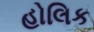
હોલિક